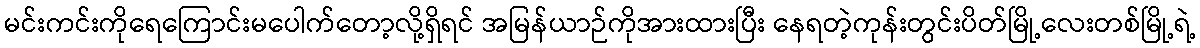
မင်းကင်းကိုရေကြောင်းမပေါက်တော့လို့ရှိရင် အမြန်ယာဉ်ကိုအားထားပြီး နေရတဲ့ကုန်းတွင်းပိတ်မြို့လေးတစ်မြို့ရဲ့